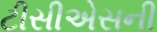
ટીસીએસની